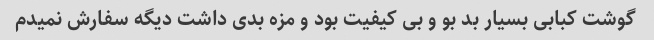
گوشت کبابی بسیار بد بو و بی کیفیت بود و مزه بدی داشت دیگه سفارش نمیدم